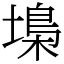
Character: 𡏭